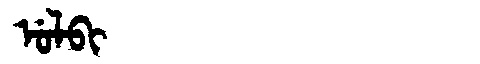
Manchu: ᡠᠯᠪᡳ
Romanization: ULBI